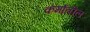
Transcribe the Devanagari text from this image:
कर्मातील